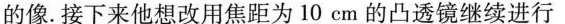
的像.接下来他想改用焦距为10cm的凸透镜继续进行